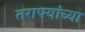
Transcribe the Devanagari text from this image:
तराफ्यांच्या